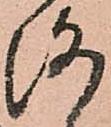
洛